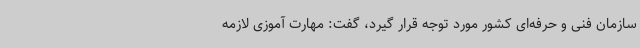
سازمان فنی و حرفه‌ای کشور مورد توجه قرار گیرد، گفت: مهارت آموزی لازمه